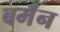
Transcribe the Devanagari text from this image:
बर्मॅन